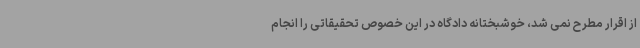
از اقرار مطرح نمی شد، خوشبختانه دادگاه در این خصوص تحقیقاتی را انجام